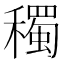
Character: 𥣋